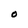
Character: 0